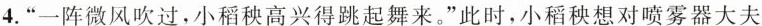
4.”一阵微风吹过，小稻秧高兴得跳起舞来。”此时，小稻秧想对喷雾器大夫